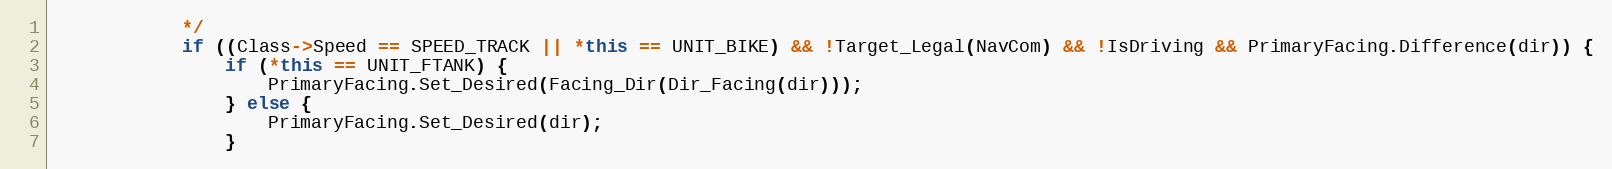
Language: C++
			*/
			if ((Class->Speed == SPEED_TRACK || *this == UNIT_BIKE) && !Target_Legal(NavCom) && !IsDriving && PrimaryFacing.Difference(dir)) {
				if (*this == UNIT_FTANK) {
					PrimaryFacing.Set_Desired(Facing_Dir(Dir_Facing(dir)));
				} else {
					PrimaryFacing.Set_Desired(dir);
				}